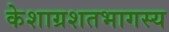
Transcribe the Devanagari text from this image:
केशाग्रशतभागस्य